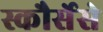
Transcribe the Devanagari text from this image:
स्कौर्सेसे